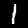
Label: 1